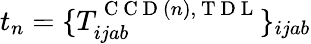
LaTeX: t_{n}=\{ T_{ijab}^{\mathrm{~C~C~D~}(n),\mathrm{~T~D~L~}}\} _{ijab}